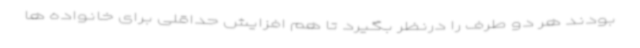
بودند هر دو طرف را درنظر بگیرد تا هم افزایش حداقلی برای خانواده ها